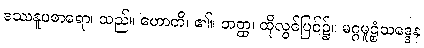
ဒဿနူပစာရော၊ သည်။ ဟောတိ၊ ၏။ တတ္ထ၊ ထိုလွင်ပြင်၌။ မဂ္ဂမူဠှံသဒ္ဒေန